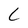
Character: C